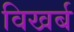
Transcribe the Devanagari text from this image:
विखर्ब